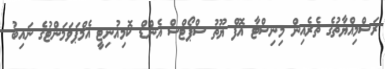
ރަސްމިއްޔާތުގެ ތެރެއިން މިނިސްޓާ އޮފް ޔޫތު ސްޕޯޓްސް އެންޑް ކޮމިއުނިޓީ އެމްޕަވަމަންޓުގެ ނައިބު